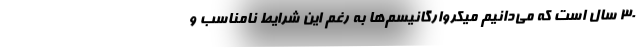
۳۰ سال است که می‌دانیم میکروارگانیسم‌ها به رغم این شرایط نامناسب و